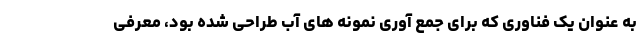
به عنوان یک فناوری که برای جمع آوری نمونه های آب طراحی شده بود، معرفی